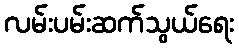
လမ်းပမ်းဆက်သွယ်ရေး